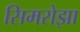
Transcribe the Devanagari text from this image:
सिमरोझा